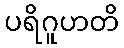
ပရိဂူဟတိ